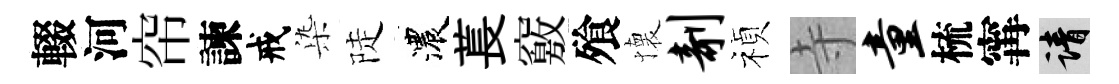
輟河帘諫戒𣑱陡濃萇竅飱懐剞禎寺童梳𡩋請